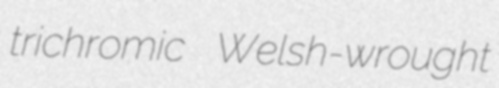
trichromic Welsh-wrought